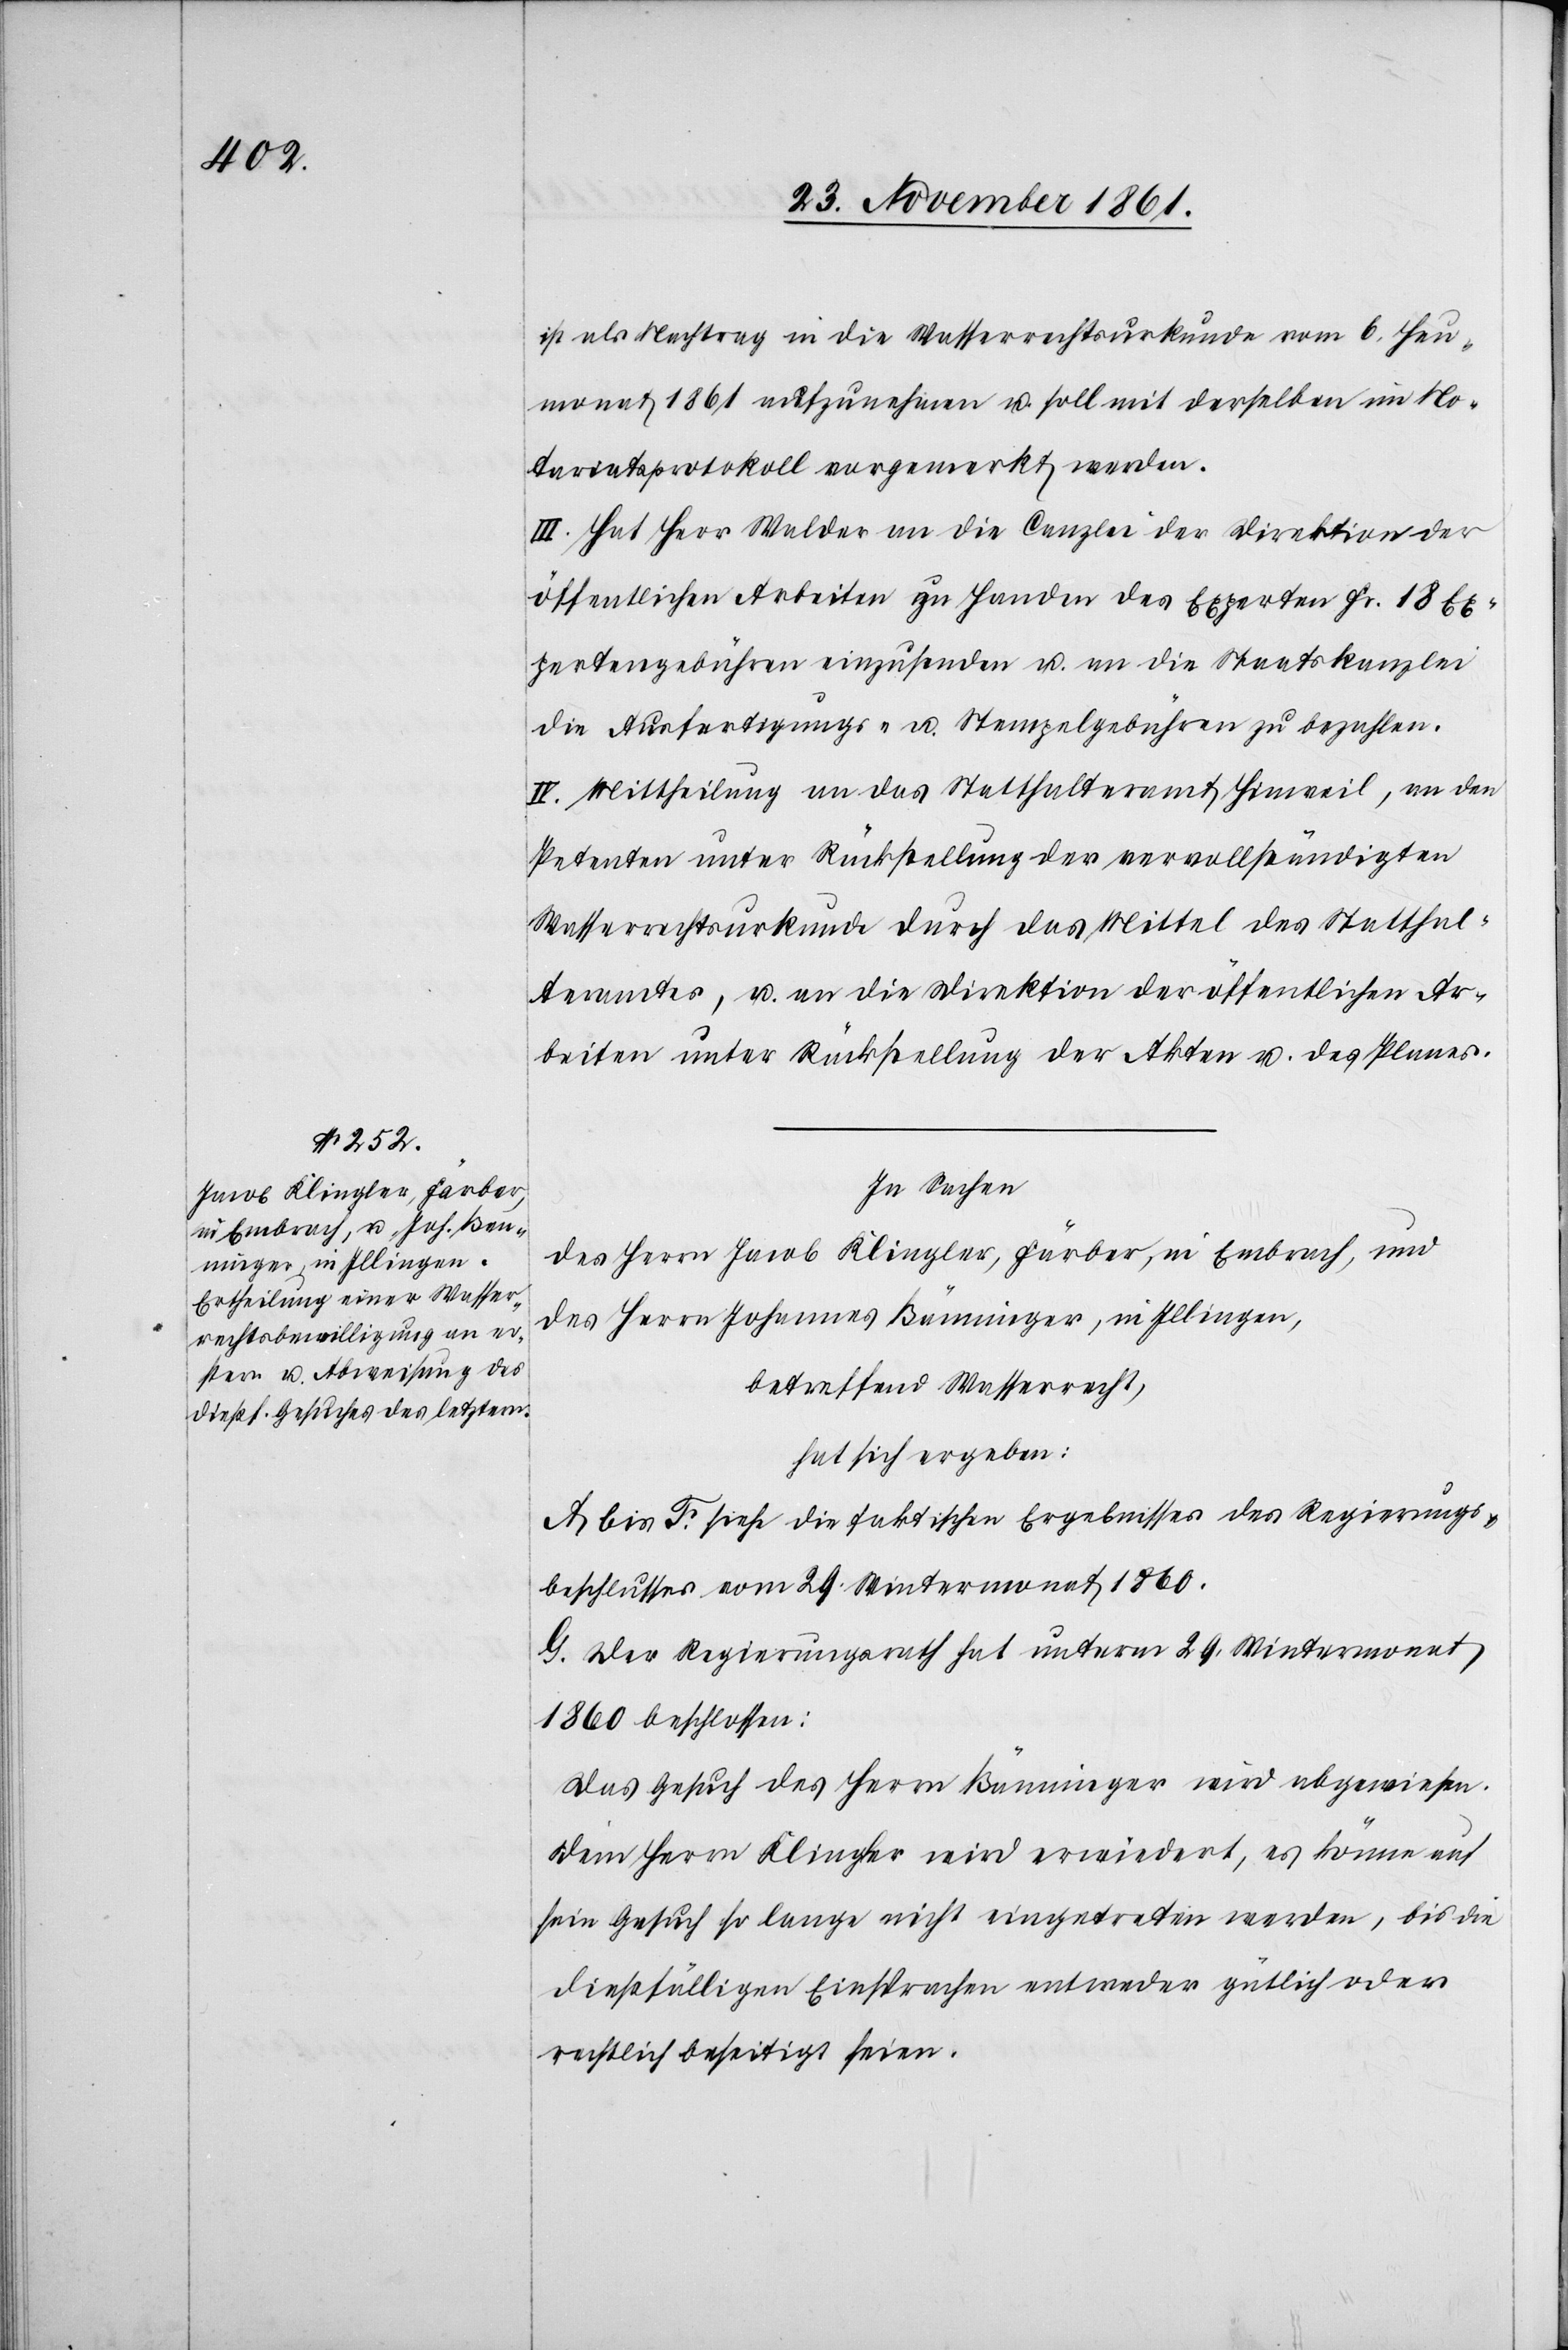
ist als Nachtrag in die Wasserrechtsurkunde vom 6 Heu¬
monat 1861 aufzunehmen u. soll mit derselben im No¬
tariatsprotokoll vorgemerkt werden.
III. Hat Herr Walder an die Canzlei der Direktion der
öffentlichen Arbeiten zu Handen der Experten Fr. 18 Ex¬
pertengebühren einzusenden u. an die Staatskanzlei
die Ausfertigungs- u. Stempelgebühren zu bezahlen.
IV. Mittheilung an das Statthalteramt Hinweil, an den
Petenten unter Rückstellung der vervollständigten
Wasserrechtsurkunde durch das Mittel des Statthal¬
teramtes, u. an die Direktion der öffentlichen Ar¬
beiten unter Rückstellung der Akten u. des Planes.
In Sachen
des Herrn Jacob Klingler, Färber, in Embrach, und
des Herrn Johannes Bänninger, in Illingen,
betreffend Wasserrecht,
hat sich ergeben:
A. bis F. siehe die faktischen Ergebnisses [sic!] des Regierungs¬
beschlusses vom 29 Wintermonat 1860.
G. Der Regierungsrath hat unterm 29 Wintermonat
1860 beschlossen:
Das Gesuch des Herrn Bänninger wird abgewiesen.
Dem Herrn Klingler wird erwiedert, es könne auf
sein Gesuch so lange nicht eingetreten werden, bis die
dießfälligen Einsprachen entweder gütlich oder
rechtlich beseitigt seien.